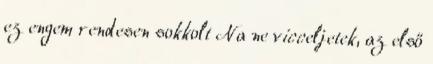
ez engem rendesen sokkolt Na ne vicceljetek, az első